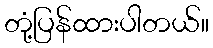
တုံ့ပြန်ထားပါတယ်။